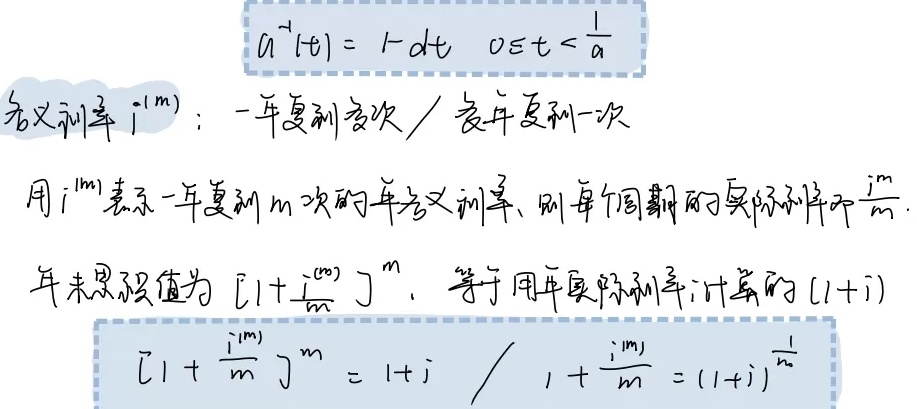
名义利率 \(i^{(m)}\)：一年复利\(m\)次 / 每\(\frac{1}{m}\)年复利一次。

用\(i^{(m)}\)表示一年复利\(m\)次的年名义利率，则每个周期的实际利率为\(\frac{i^{(m)}}{m}\)。

年末累积值为\(\left[1 + \frac{i^{(m)}}{m}\right]^m\)，等于用年实际利率\(i\)计算的\((1 + i)\)。

\[
\begin{align*}
a^{-1}(t)&= 1 - dt\quad 0 \leq t < \frac{1}{d}\\
\left[1 + \frac{i^{(m)}}{m}\right]^m&=1 + i\\
1 + \frac{i^{(m)}}{m}&=(1 + i)^{\frac{1}{m}}
\end{align*}
\]